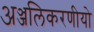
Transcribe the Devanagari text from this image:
अञ्जलिकरणीयो